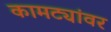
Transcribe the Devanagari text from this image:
कामट्यांवर